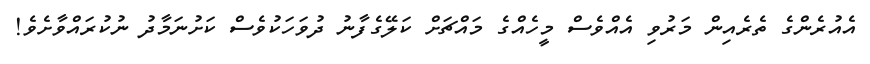
އެއުރެންގެ ތެރެއިން މަރުވި އެއްވެސް މީހެއްގެ މައްޗަށް ކަލޭގެފާނު ދުވަހަކުވެސް ކަށުނަމާދު ނުކުރައްވާށެވެ!